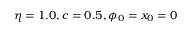
\eta = 1 . 0 , c = 0 . 5 , \phi _ { 0 } = x _ { 0 } = 0